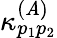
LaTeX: \kappa_{p_{1}p_{2}}^{(\mathit{A})}